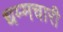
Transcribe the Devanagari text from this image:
धम्मचारी